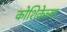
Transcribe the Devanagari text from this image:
कोशिकेच्या